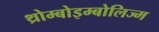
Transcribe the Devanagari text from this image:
थ्रोम्बोइम्बोलिज्म